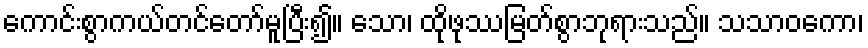
ကောင်းစွာကယ်တင်တော်မူပြီး၍။ သော၊ ထိုဖုဿမြတ်စွာဘုရားသည်။ သသာဝကော၊